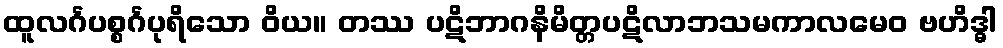
ထူလင်္ဂပစ္စင်္ဂပုရိသော ဝိယ။ တဿ ပဋိဘာဂနိမိတ္တပဋိလာဘသမကာလမေဝ ဗဟိဒ္ဓါ